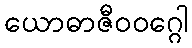
ယောဓာဇီဝဝဂ္ဂေါ